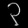
Digit: ၃